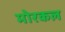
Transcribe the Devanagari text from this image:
मोरकल